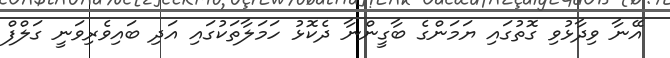
އޭނާ ވިދާޅުވި ގޮތުގައި ޔަމަންގެ ބާގީންނާ ދެކޮޅު ހަމަލާތަކުގައި އަދި ބައިވެރިވަނީ ގަލްފް